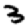
Digit: 3